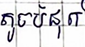
តូចបំផុត